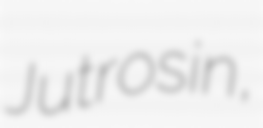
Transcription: Jutrosin,